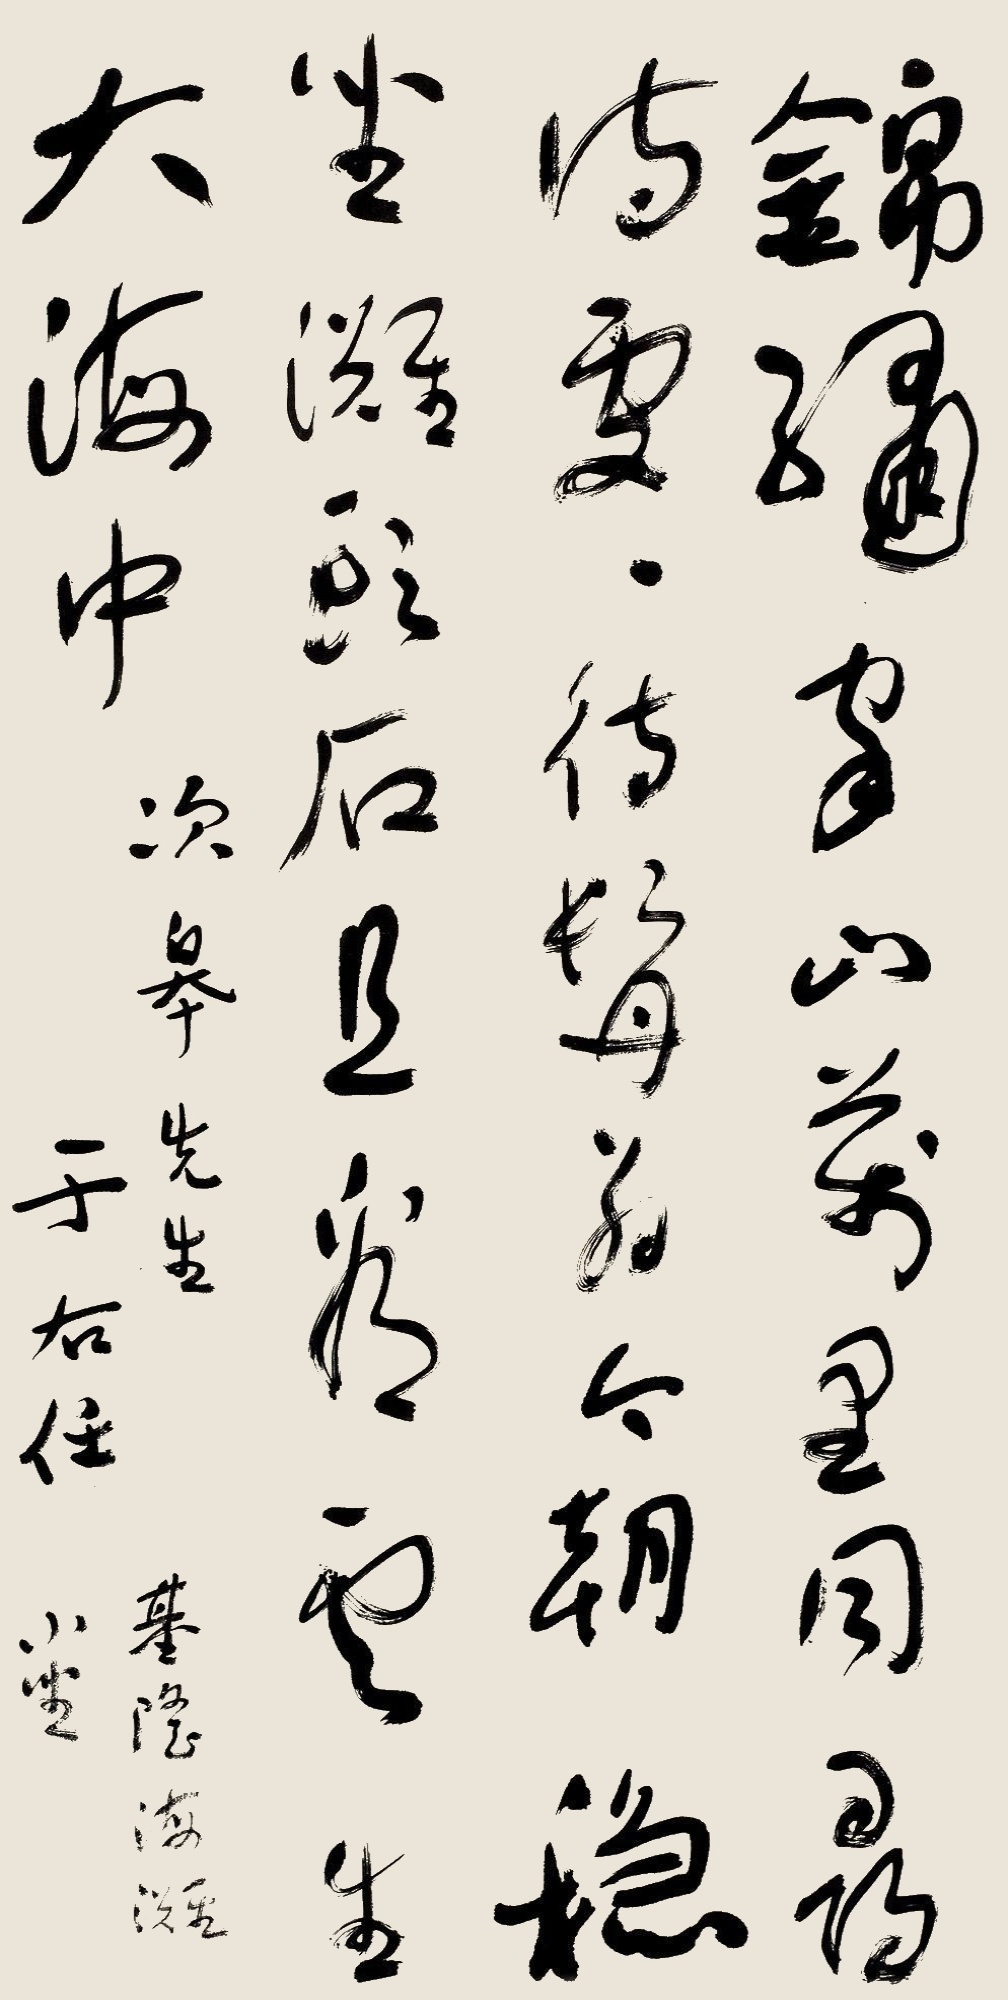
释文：锦绣家山万里同，寻诗处处待髯翁。今朝稳坐滩头石，且看云生大海中。次皋先生，于右任。《基隆海滩小坐》。